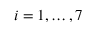
i = 1 , \dots , 7